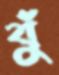
বুঁ